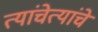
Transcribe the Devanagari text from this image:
त्यांचेत्यांचे